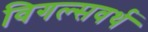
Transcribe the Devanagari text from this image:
विगल्सवर्थ